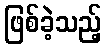
ဖြစ်ခဲ့သည့်